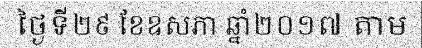
ថ្ងៃទី២៩ ខែឧសភា ឆ្នាំ២០១៧ តាម